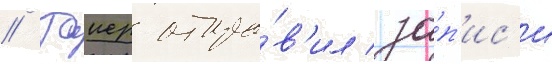
// Таиер отпра́в'ил за́п'ис'и